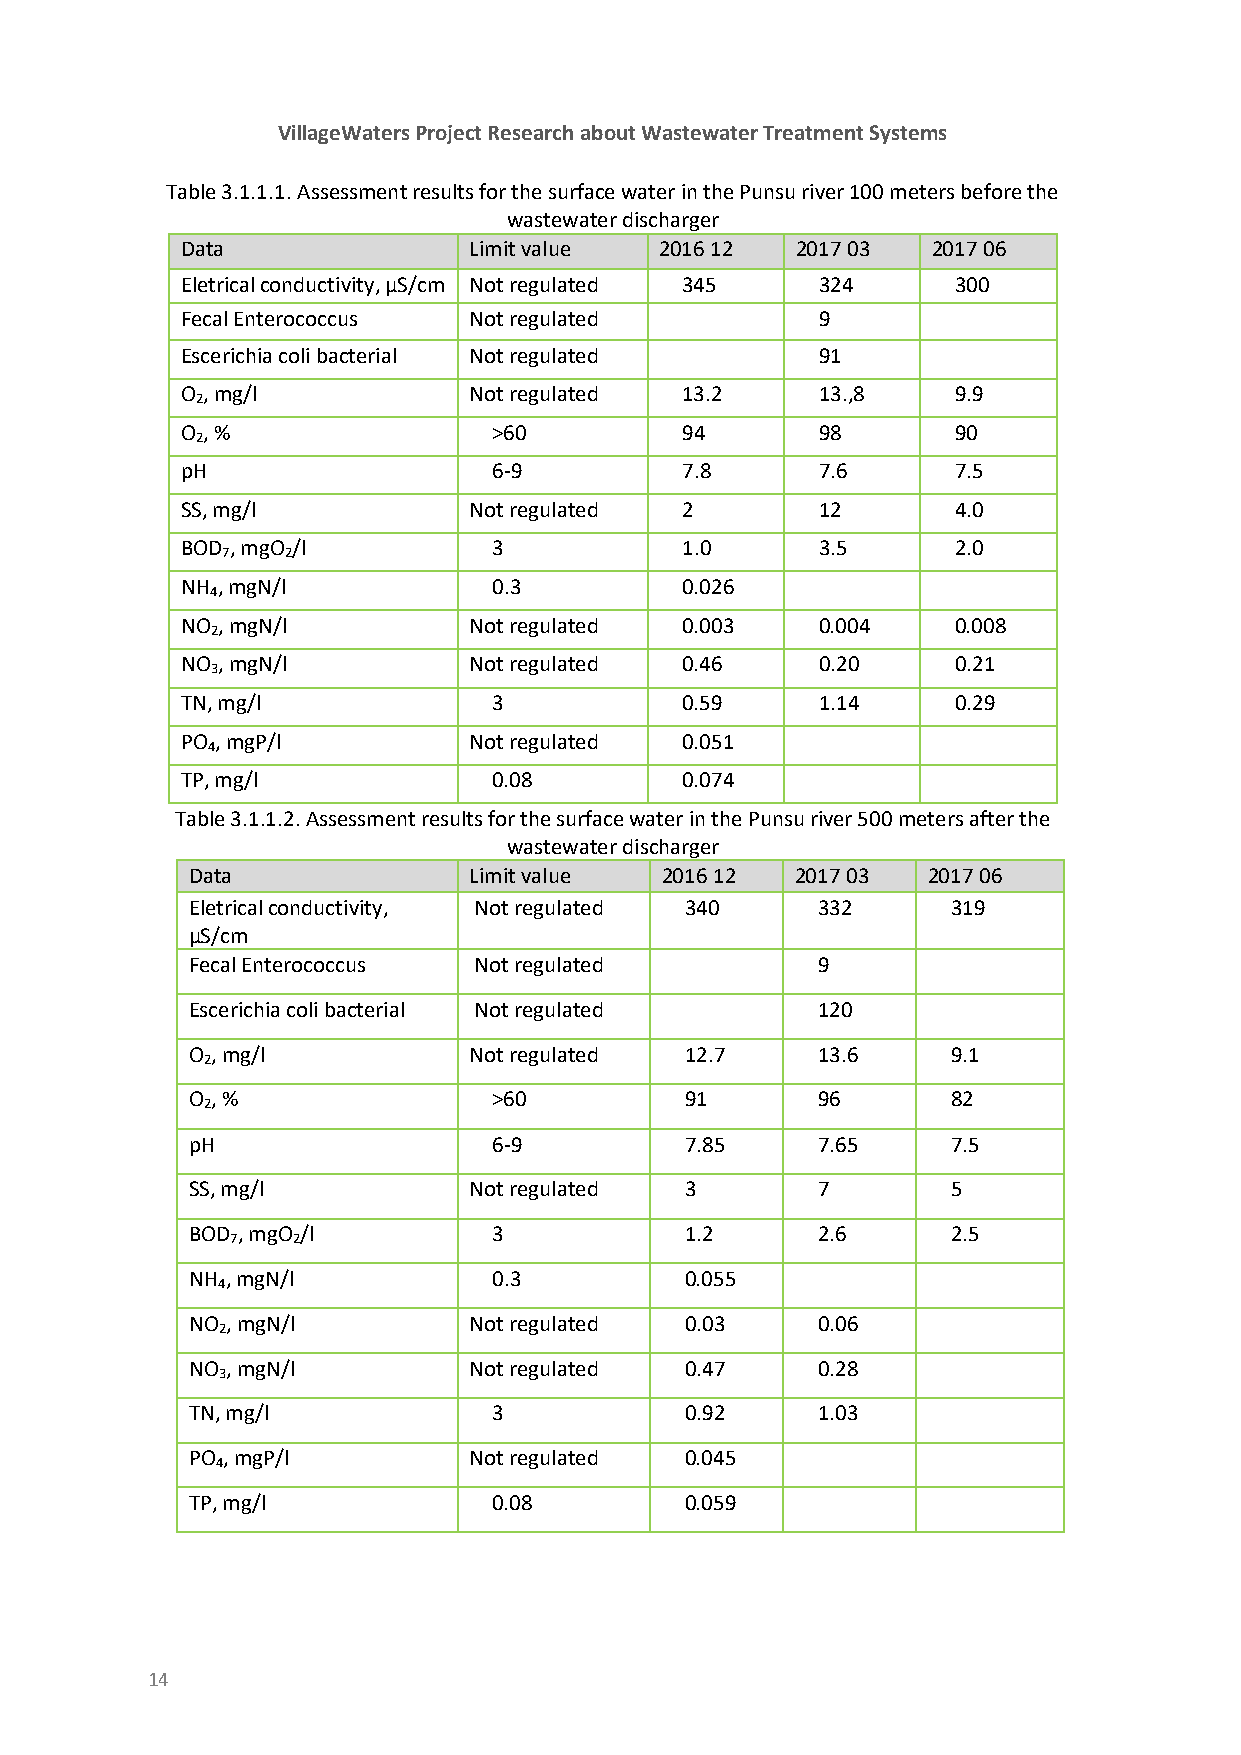
VillageWaters Project Research about Wastewater Treatment Systems
 Table 3.1.1.1. Assessment results for the surface water in the Punsu river 100 meters before the
 wastewater discharger
 Data               Limit value  2016 12  2017 03  2017 06
 Eletrical conductivity, µS/cm Not regulated 345 324 300
 Fecal Enterococcus Not regulated          9
 Escerichia coli bacterial Not regulated   91
 O , mg/l           Not regulated 13.2     13.,8    9.9
 2
 O , %                >60         94       98       90
 2
 pH                   6-9         7.8      7.6      7.5
 SS, mg/l           Not regulated 2        12       4.0
 BOD , mgO /l         3           1.0      3.5      2.0
 7   2
 NH , mgN/l           0.3         0.026
 4
 NO , mgN/l         Not regulated 0.003    0.004    0.008
 2
 NO , mgN/l         Not regulated 0.46     0.20     0.21
 3
 TN, mg/l             3           0.59     1.14     0.29
 PO , mgP/l         Not regulated 0.051
 4
 TP, mg/l             0.08        0.074
 Table 3.1.1.2. Assessment results for the surface water in the Punsu river 500 meters after the
 wastewater discharger
 Data               Limit value  2016 12  2017 03 2017 06
 Eletrical conductivity, Not regulated 340 332      319
 µS/cm
 Fecal Enterococcus Not regulated          9
 Escerichia coli bacterial Not regulated   120
 O , mg/l           Not regulated 12.7     13.6     9.1
 2
 O , %                >60         91       96       82
 2
 pH                   6-9         7.85     7.65     7.5
 SS, mg/l           Not regulated 3        7        5
 BOD , mgO /l         3           1.2      2.6      2.5
 7   2
 NH , mgN/l           0.3         0.055
 4
 NO , mgN/l         Not regulated 0.03     0.06
 2
 NO , mgN/l         Not regulated 0.47     0.28
 3
 TN, mg/l             3           0.92     1.03
 PO , mgP/l         Not regulated 0.045
 4
 TP, mg/l             0.08        0.059
 14